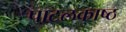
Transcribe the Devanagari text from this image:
पाटलकाष्ठ